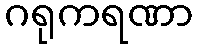
ဂရုကရဏာ